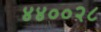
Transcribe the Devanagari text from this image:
४४००२८